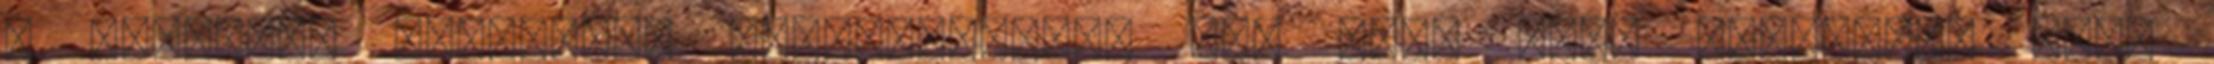
a hétvégén vereséget szenvedjenek. Jól megy idén Sebastien Loeb